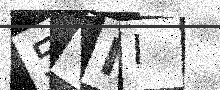
Text: 5YII